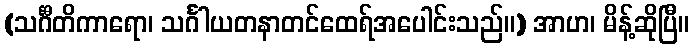
(သင်္ဂီတိကာရော၊ သင်္ဂါယတနာတင်ထေရ်အပေါင်းသည်။) အာဟ၊ မိန့်ဆိုပြီ။